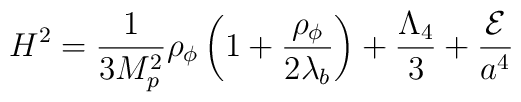
H^2={1 \over 3M_p^2} \rho_{\phi} \left(1+{\rho_{\phi} \over 2\lambda_b}\right)+ {\Lambda_4 \over 3}+{ {\cal E} \over a^4}